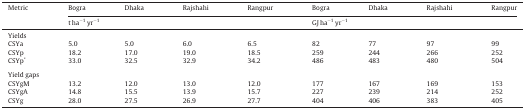
| Metric | Bogra | Dhaka | Rajshahi | Rangpur | Bogra | Dhaka | Rajshahi | Rangpur |
 |  | <COLSPAN=4> t ha−1 yr−1 | <COLSPAN=4> GJ ha−1 yr−1 |
 | --- | --- | --- | --- | --- | --- | --- | --- | --- |
 | <COLSPAN=9> Yields |
 | CSYa | 5.0 | 5.0 | 6.0 | 6.5 | 82 | 77 | 97 | 99 |
 | CSYp | 18.2 | 17.0 | 19.0 | 18.5 | 259 | 244 | 266 | 252 |
 | CSYp* | 33.0 | 32.5 | 32.9 | 34.2 | 486 | 483 | 480 | 504 |
 | <COLSPAN=9>  |
 | <COLSPAN=9> Yield gaps |
 | CSYgM | 13.2 | 12.0 | 13.0 | 12.0 | 177 | 167 | 169 | 153 |
 | CSYgA | 14.8 | 15.5 | 13.9 | 15.7 | 227 | 239 | 214 | 252 |
 | CSYg | 28.0 | 27.5 | 26.9 | 27.7 | 404 | 406 | 383 | 405 |